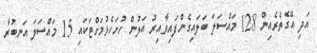
އަދި އޭގެތެރެއިން 128 މައްސަލަ ބަލައިގެންފައިވާއިރު އަލުން ހުށަހެޅުމަށްޓަކައި 15 މައްސަލަ އަނބުރާ